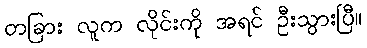
တခြား လူက လိုင်းကို အရင် ဦးသွားပြီ။